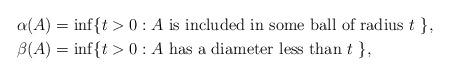
LaTeX: \begin{align*}\alpha(A) &= \inf \{ t > 0 : A \mbox{ is included in some ball of radius $t$ } \}, \\\beta(A) &= \inf \{ t > 0 : A \mbox{ has a diameter less than $t$ } \},\end{align*}